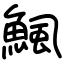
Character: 鯴